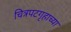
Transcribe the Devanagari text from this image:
चित्रपटगृहाच्या